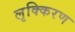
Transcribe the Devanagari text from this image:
लृक्किरण